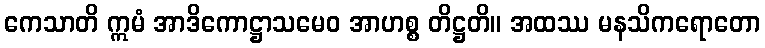
ကေသာတိ ဣမံ အာဒိကောဋ္ဌာသမေဝ အာဟစ္စ တိဋ္ဌတိ။ အထဿ မနသိကရောတော